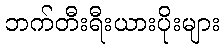
ဘက်တီးရီးယားပိုးများ